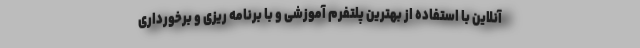
آنلاین با استفاده از بهترین پلتفرم آموزشی و با برنامه ریزی و برخورداری